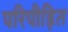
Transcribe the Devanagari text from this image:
परिपीड़ित